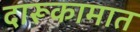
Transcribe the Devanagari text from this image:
दारूकामात